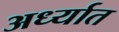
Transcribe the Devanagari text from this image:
अर्ध्यात